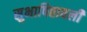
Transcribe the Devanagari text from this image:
सुभाषितावली